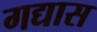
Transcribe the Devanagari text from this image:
गद्यास